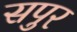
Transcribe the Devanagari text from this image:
सपुर